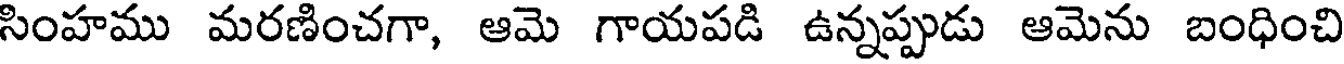
సింహము మరణించగా, ఆమె గాయపడి ఉన్నప్పుడు ఆమెను బంధించి